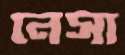
নেসা